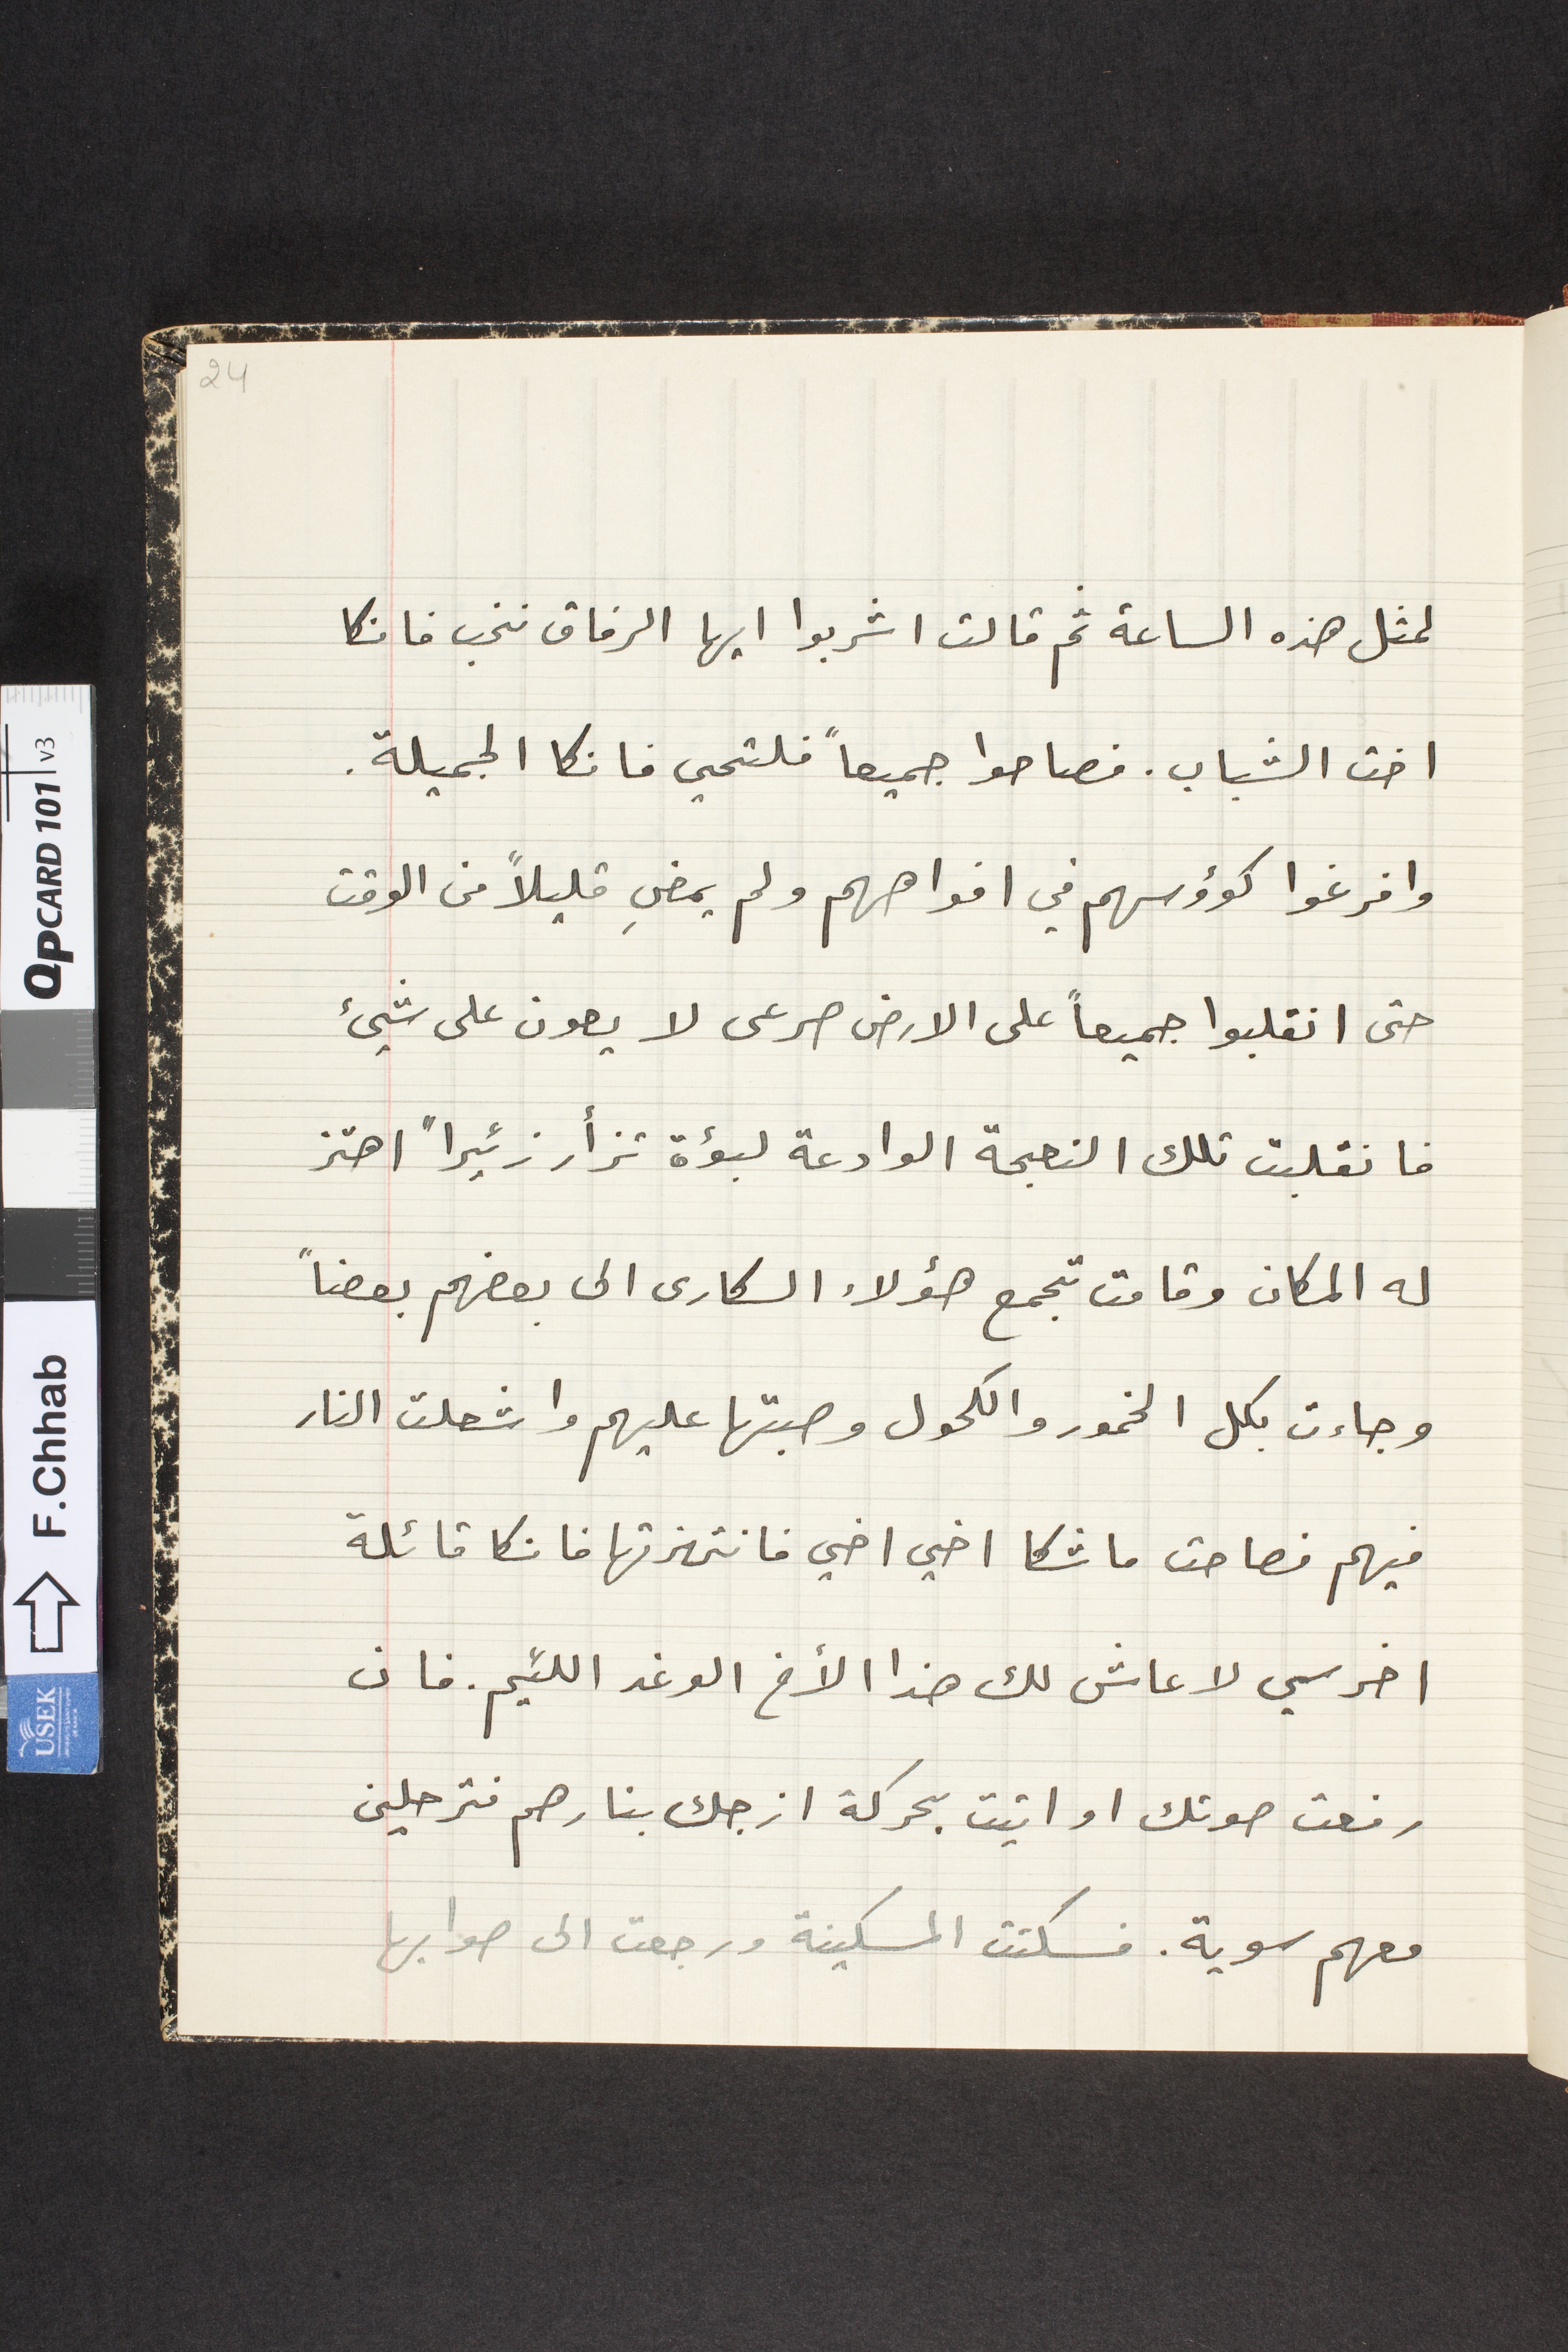
لمثل هذه الساعة ثم قالت اشربوا ايها الرفاق نخب فانكا
اخت الشباب. فصاحوا جميعاً فلتحي فانكا الجميلة.
وافرغوا كؤوسهم في افواههم ولم يمضِ قليلاً من الوقت
حتى انقلبوا جميعاً على الارض صرعى لا يعون على شيئ
فانقلبت تلك النعجة الوادعة لبؤة تزأر زئيراً اهتز
له المكان وقامت تجمع هؤلاء السكارى الى بعضهم بعضاً
وجاءت بكل الخمور والكحول وصبتها عليهم واشعلت النار
فيهم فصاحت ماشكا اخي اخي فانتهزتها فانكا قائلة
اخرسي لا عاش لك هذا الأخ الوغد اللئيم. فان
رفعت صوتك او اتيت بحركة ازجك بنارهم فترحلين
معهم سوية. فسكتت المسكينة ورجعت الى صوابها